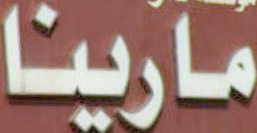
مارينا